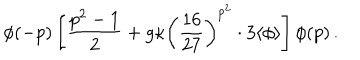
LaTeX: \phi ( - p ) \left[ \frac { p ^ { 2 } - 1 } { 2 } + g \kappa \left( \frac { 1 6 } { 2 7 } \right) ^ { p ^ { 2 } } \cdot 3 \langle \phi \rangle \right] \phi ( p ) \, .